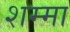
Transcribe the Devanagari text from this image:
शम्मा